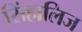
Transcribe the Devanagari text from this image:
सिंहालिज